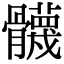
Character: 䯦